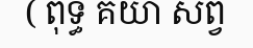
( ពុទ្ធ គយា សព្វ